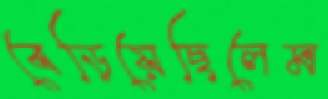
বেড়িয়েছিলেম